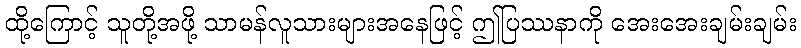
ထို့ကြောင့် သူတို့အဖို့ သာမန်လူသားများအနေဖြင့် ဤပြဿနာကို အေးအေးချမ်းချမ်း